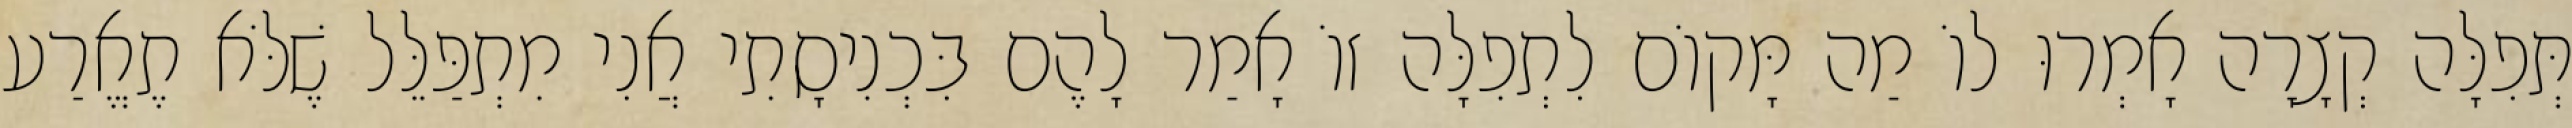
תְּפִלָּה קְצָרָה אָמְרוּ לוֹ מַה מָּקוֹם לִתְפִלָּה זוֹ אָמַר לָהֶם בִּכְנִיסָתִי אֲנִי מִתְפַּלֵּל שֶׁלֹּא תֶאֱרַע